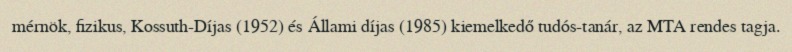
mérnök, fizikus, Kossuth-Díjas (1952) és Állami díjas (1985) kiemelkedő tudós-tanár, az MTA rendes tagja.